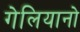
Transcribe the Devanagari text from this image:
गेलियानो